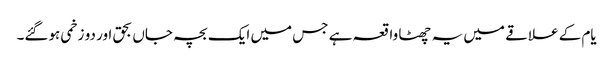
یام کے علاقے میں یہ چھٹا واقعہ ہے جس میں ایک بچہ جاں بحق اور دو زخمی ہوگئے۔